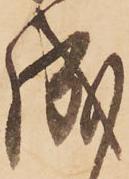
成